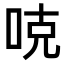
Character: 𠳭